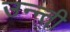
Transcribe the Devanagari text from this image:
उन्न्ती